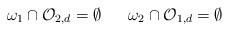
LaTeX: \begin{align*}\omega_1 \cap \mathcal{O}_{2,d} = \emptyset \ \ \ \ \ \omega_2 \cap \mathcal{O}_{1,d} = \emptyset\end{align*}